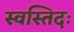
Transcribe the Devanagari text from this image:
स्वस्तिदः